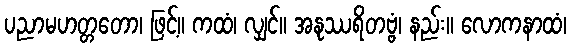
ပညာမဟတ္တတော၊ ဖြင့်။ ကထံ၊ လျှင်။ အနုဿရိတဗ္ဗံ၊ နည်း။ လောကနာထံ၊